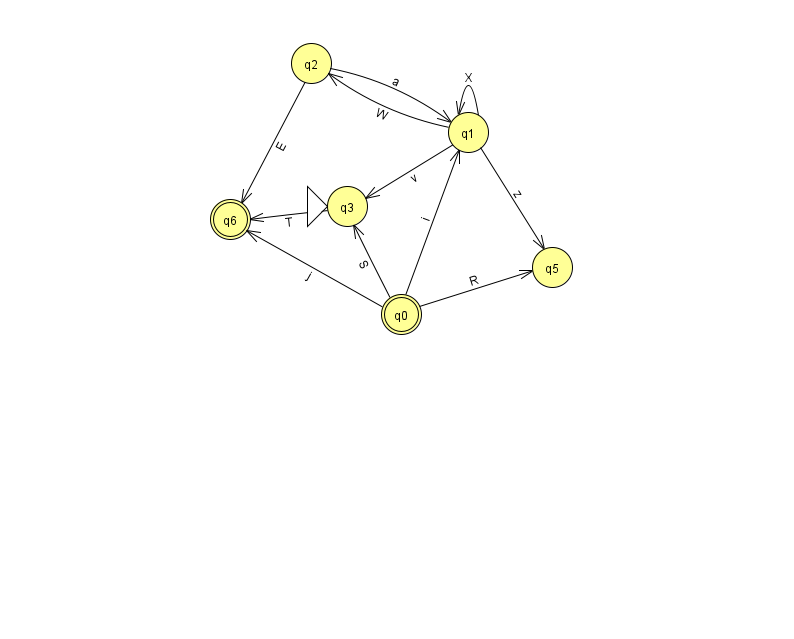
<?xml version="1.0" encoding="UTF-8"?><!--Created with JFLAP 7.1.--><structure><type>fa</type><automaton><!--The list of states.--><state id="0" name="q0"><x>401.0</x><y>301.0</y><final/></state><state id="1" name="q1"><x>468.0</x><y>119.0</y></state><state id="2" name="q2"><x>311.0</x><y>50.0</y></state><state id="3" name="q3"><x>347.0</x><y>193.0</y><initial/></state><state id="5" name="q5"><x>552.0</x><y>254.0</y></state><state id="6" name="q6"><x>230.0</x><y>206.0</y><final/></state><!--The list of transitions.--><transition><from>1</from><to>5</to><read>z</read></transition><transition><from>3</from><to>6</to><read>T</read></transition><transition><from>0</from><to>6</to><read>j</read></transition><transition><from>2</from><to>6</to><read>E</read></transition><transition><from>0</from><to>3</to><read>S</read></transition><transition><from>1</from><to>1</to><read>X</read></transition><transition><from>0</from><to>1</to><read>i</read></transition><transition><from>0</from><to>5</to><read>R</read></transition><transition><from>1</from><to>2</to><read>W</read></transition><transition><from>2</from><to>1</to><read>a</read></transition><transition><from>1</from><to>3</to><read>v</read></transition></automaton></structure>